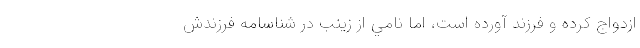
ازدواج كرده و فرزند آورده‌ است، اما نامي از زينب در شناسامه فرزندش